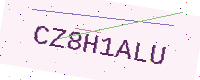
Text: CZ8H1ALU